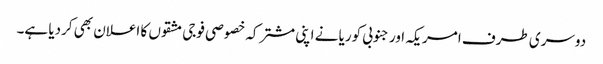
دوسری طرف امریکہ اور جنوبی کوریا نے اپنی مشترکہ خصوصی فوجی مشقوں کا اعلان بھی کردیا ہے۔